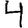
Digit: 4